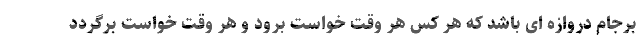
برجام دروازه ای باشد که هر کس هر وقت خواست برود و هر وقت خواست برگردد